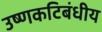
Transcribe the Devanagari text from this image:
उष्‍णकटिबंधीय